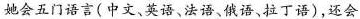
”她会五门语言(中文、英语、法语、俄语、拉丁语)，还会